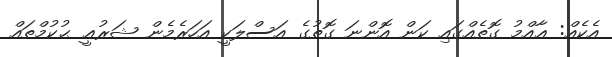
އެކެއް: ޢާއްމު ގޮތެއްގައި ކަން އޮންނަ ގޮތުގެ އަސްލަކީ އަހަރެމެން ޝަރުޢީ ޙުކުމްތައް